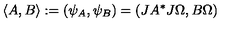
\langle A , B \rangle : = ( \psi _ { A } , \psi _ { B } ) = ( J A ^ { * } J \Omega , B \Omega )